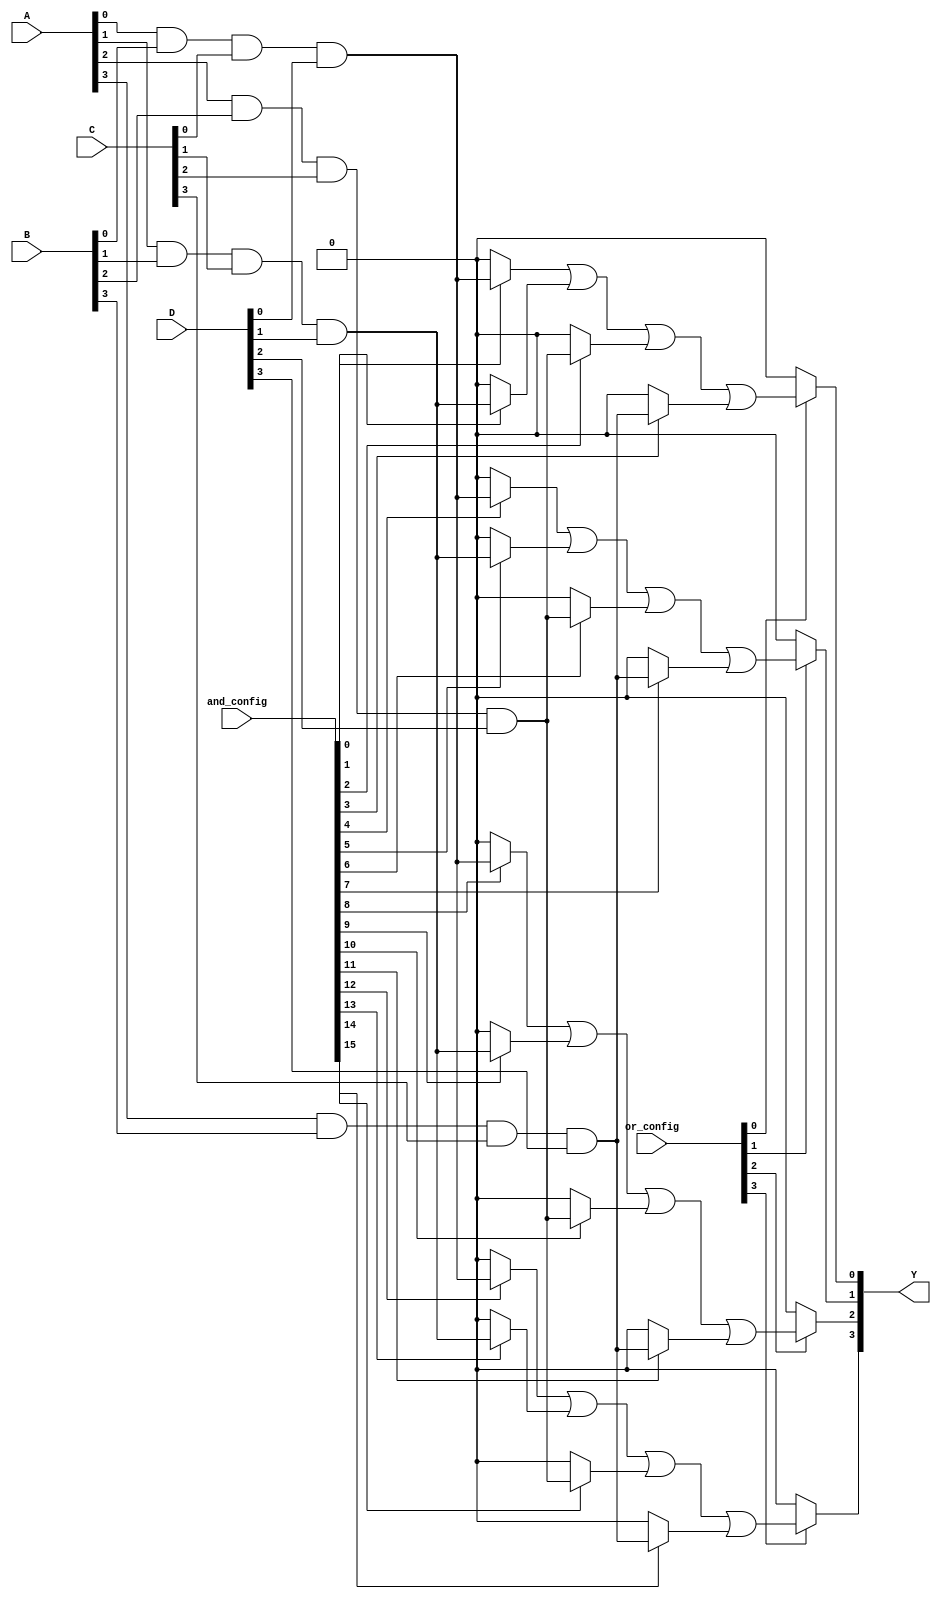
module SPAL (
    input wire [3:0] A,      // 4 input lines
    input wire [3:0] B,      // 4 input lines
    input wire [3:0] C,      // 4 input lines
    input wire [3:0] D,      // 4 input lines
    input wire [15:0] and_config, // Configuration for AND gates
    input wire [3:0] or_config,    // Configuration for OR gates
    output wire [3:0] Y       // 4 output lines
);

// Internal signals for AND gates
wire [15:0] and_out;

// Programmable AND Array
genvar i;
generate
    for (i = 0; i < 16; i = i + 1) begin : and_gates
        assign and_out[i] = (and_config[i]) ? (A[i % 4] & B[i % 4] & C[i % 4] & D[i % 4]) : 1'b0;
    end
endgenerate

// Programmable OR Array
assign Y[0] = (or_config[0]) ? (and_out[0] | and_out[1] | and_out[2] | and_out[3]) : 1'b0;
assign Y[1] = (or_config[1]) ? (and_out[4] | and_out[5] | and_out[6] | and_out[7]) : 1'b0;
assign Y[2] = (or_config[2]) ? (and_out[8] | and_out[9] | and_out[10] | and_out[11]) : 1'b0;
assign Y[3] = (or_config[3]) ? (and_out[12] | and_out[13] | and_out[14] | and_out[15]) : 1'b0;

endmodule